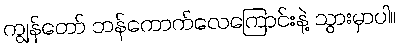
ကျွန်တော် ဘန်ကောက်လေကြောင်းနဲ့ သွားမှာပါ။